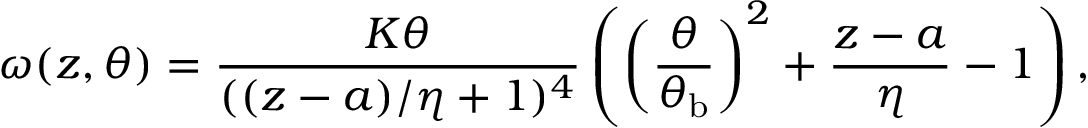
\omega ( z , \theta ) = \frac { K \theta } { ( ( z - a ) / \eta + 1 ) ^ { 4 } } \left( \left( \frac { \theta } { \theta _ { \mathrm { b } } } \right) ^ { 2 } + \frac { z - a } { \eta } - 1 \right) ,